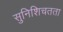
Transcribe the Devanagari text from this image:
सुनिशिचतता